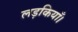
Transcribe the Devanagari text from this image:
लड़कियाँ।